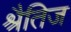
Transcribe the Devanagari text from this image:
श्रैतिज